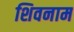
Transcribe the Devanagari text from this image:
शिवनाम